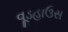
વૂડહાઉસ